Report on sanitation, dispensaries, and jails in Rajputana for 1919, and on vaccination for the year 1919-1920 - 1919-1920
Year: 1919
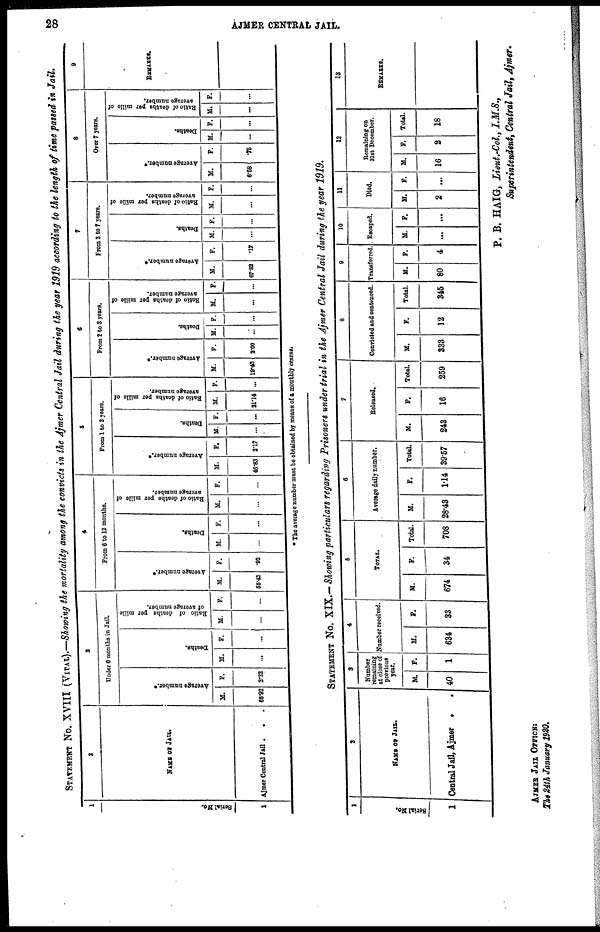
28
AJMER CENTRAL JAIL.
STATEMENT No. XVIII (VITAL).—Showing the mortality among the convicts in the Ajmer Central Jail during the year 1919 according to the length of time passed in Jail.
1
Serial No.
1
2
NAME OF JAIL.
Ajmer Central Jail . . .
3
Under 6 months in Jail.
Average number.*
M.
66.92
F.
2.32
Deaths.
M.
...
F.
...
Ratio of deaths per mille
of average number.
M.
...
F.
...
4
From 6 to 12 months.
Average number.*
M.
55.42
F.
.22
Deaths.
M.
...
F.
...
Ratio of deaths per mille of
average number.
M.
...
F.
...
5
From 1 to 2 years.
Average number.*
M.
46.83
F.
2.17
Deaths.
M.
...
F.
...
Ratio of deaths per mille of
average number.
M.
21.14
F.
...
6
From 2 to 3 years.
Average number.*
M.
10.43
F.
2.00
Deaths.
M.
...
F.
...
Ratio of deaths per mille of
average number.
M.
...
F.
...
7
From 3 to 7 years.
Average number.*
M.
67.82
F.
17
Deaths.
M.
...
F.
...
Ratio of deaths per mille of
average number.
M.
...
F.
...
8
Over 7 years.
Average number.*
M.
6.58
F.
.75
Deaths.
M.
...
F.
...
Ratio of deaths per mille of
average number.
M.
...
F.
...
9
REMARKS.
* The average number must be obtained by means of a monthly census.
STATEMENT No. XIX.— Showing particulars regarding Prisoners under trial in the Ajmer Central Jail during the year 1919.
1
Serial No.
1
2
NAME OF JAIL.
Central Jail, Ajmer
.
.
3
Number
remaining
at close of
previous
year.
M.
40
F.
1
4
Number received.
M.
634
F.
33
5
TOTAL.
M.
674
F.
34
Total.
708
6
Average daily number.
M.
28.43
F.
1.14
Total
3957
7
Released.
M.
243
F.
16
Total.
259
8
Convicted and sentenced.
M.
333
F.
12
Total.
345
9
Transferred.
M.
80 F.
4
10
Escaped.
M.
...
F.
...
11
Died.
M.
2
F.
...
12
Remaining on
31st December.
M.
16
F.
2
Total.
18
13
REMARKS.
AJMER JAIL OFFICE:
The 24th January 1920.
P. B. HAIG, Lieut.-Col., I.M.S.,
Superintendent, Central Jail, Ajmer.